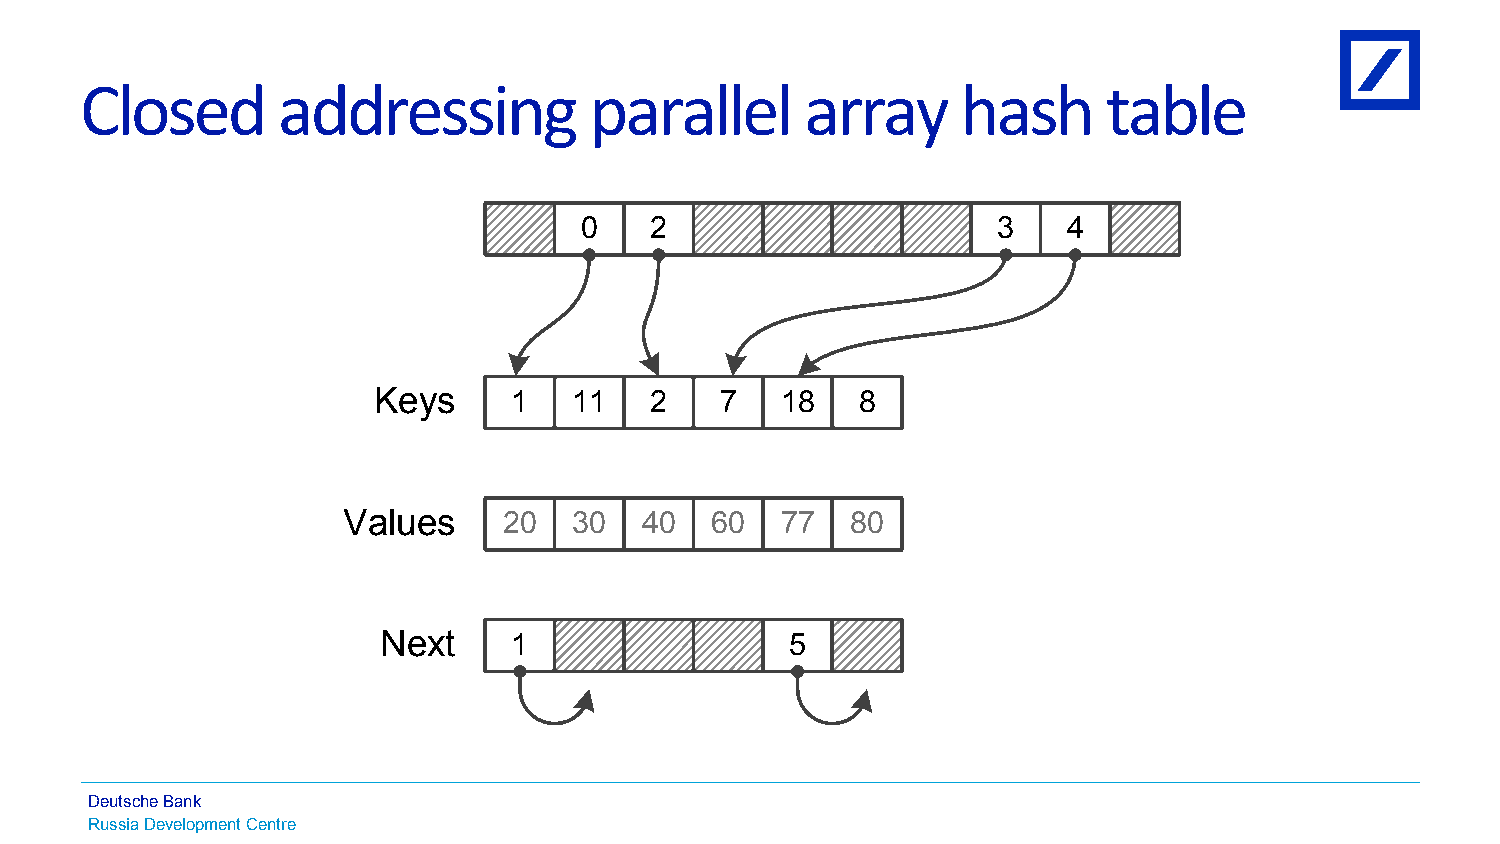
Closed       addressing           parallel      array      hash     table
 0    2                      3    4
 Keys     1   11   2    7   18   8
 Values    20   30  40   60   77  80
 Next     1                 5
 Deutsche Bank
 Russia Development Centre